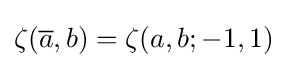
\zeta ({\overline {a}},b)=\zeta (a,b;-1,1)